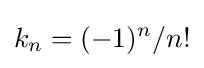
k_{n}=(-1)^{n}/n!